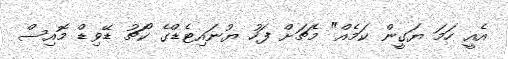
އެއީ ހަމަ ޔަގީން ކަމެއް" މެޗަށް ފަހު ޔުނައިޓެޑްގެ ކޯޗު ޑޭވިޑް މޮއިސް